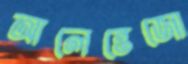
আলেন্তেজো